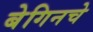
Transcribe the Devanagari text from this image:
बेगिनचे